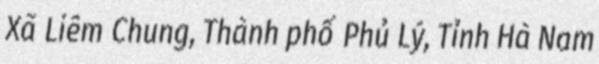
Xã Liêm Chung, Thành phố Phủ Lý, Tỉnh Hà Nam